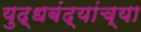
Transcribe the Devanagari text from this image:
युद्धबंद्यांच्या